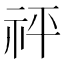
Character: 𥘴